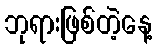
ဘုရားဖြစ်တဲ့နေ့